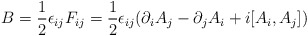
\begin{align*}B = {1\over 2} \epsilon_{ij} F_{ij} = {1\over 2}\epsilon_{ij}(\partial_{i}A_{j} -\partial_{j}A_{i} + i[A_{i},A_{j}])\end{align*}